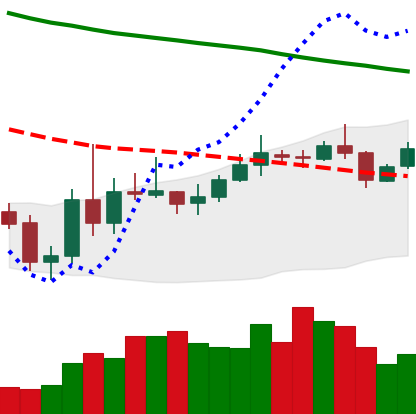
Ticker: XMR-USD
Chart end date: 2019-11-10
Forward return: -3.043%
Label: down_3_5